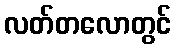
လတ်တလောတွင်